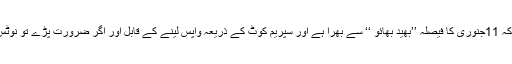
لہٰذا صاف ظاہر ہے کہ 11جنوری کا فیصلہ ’’بھید بھائو ‘‘ سے بھرا ہے اور سپریم کوٹ کے ذریعہ واپس لینے کے قابل اور اگر ضرورت پڑے تو نوٹس لینے کے قابل ہے۔